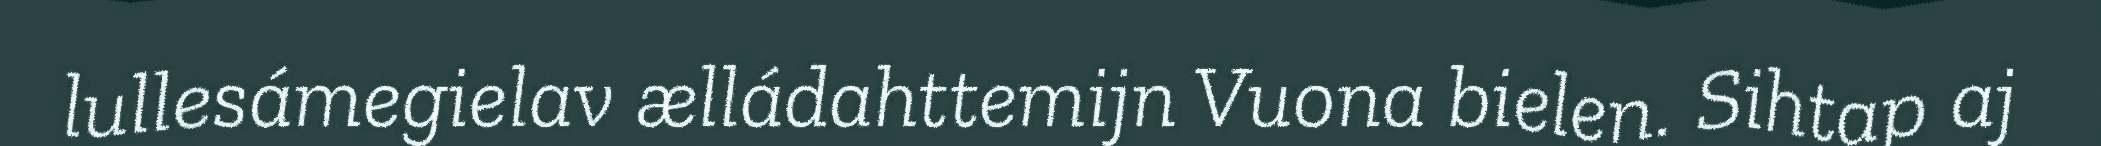
lullesámegielav ælládahttemijn Vuona bielen. Sihtap aj